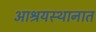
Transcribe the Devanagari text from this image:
आश्रयस्थानात